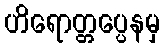
ဟိရောတ္တပ္ပေနမှ